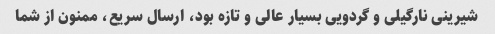
شیرینی نارگیلی و گردویی بسیار عالی و تازه بود، ارسال سریع، ممنون از شما